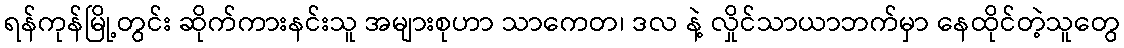
ရန်ကုန်မြို့တွင်း ဆိုက်ကားနင်းသူ အများစုဟာ သာကေတ၊ ဒလ နဲ့ လှိုင်သာယာဘက်မှာ နေထိုင်တဲ့သူတွေ